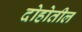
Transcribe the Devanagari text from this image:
दोहोतील